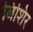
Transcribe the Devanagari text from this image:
बिशिर